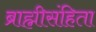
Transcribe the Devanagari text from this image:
ब्राह्मीसंहिता